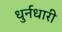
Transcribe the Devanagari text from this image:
धुर्नधारी